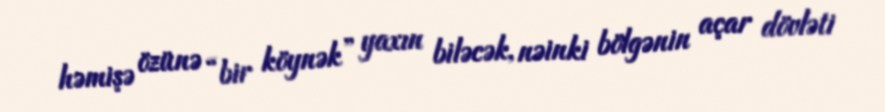
həmişə özünə “bir köynək” yaxın biləcək, nəinki bölgənin açar dövləti